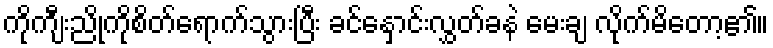
ကိုကျီးညိုကိုစိတ်ရောက်သွားပြီး ခင်နှောင်းလွှတ်ခနဲ မေးချ လိုက်မိတော့၏။